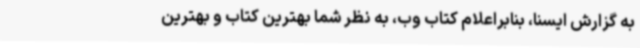
به گزارش ایسنا، بنابراعلام کتاب وب، به نظر شما بهترین کتاب و بهترین